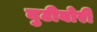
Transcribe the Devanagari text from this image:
बुटीबोरी